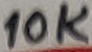
Text: 10K